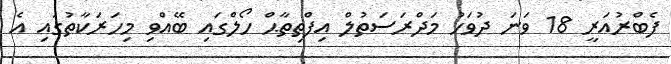
ފެބްރުއަރީ 18 ވަނަ ދުވަހު މަދްރަސަތުލް އިފްތިތާޙް ހޯލްގައި ބޭއްވި މިހަރަކާތުގައި އެ